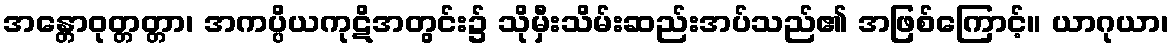
အန္တောဝုတ္တတ္တာ၊ အကပ္ပိယကုဋိအတွင်း၌ သိုမှီးသိမ်းဆည်းအပ်သည်၏ အဖြစ်ကြောင့်။ ယာဂုယာ၊